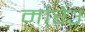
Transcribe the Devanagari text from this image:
मोरेउ